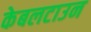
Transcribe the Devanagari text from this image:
केबलटाउन